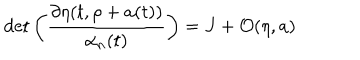
\det \left( \frac { \partial \eta ( t , \rho + a ( t ) ) } { \alpha _ { n } ( t ) } \right) = J + { \cal O } ( \eta , a )